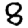
Digit: 8